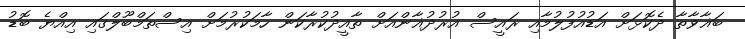
ބަޣާވާތާ ދެކޮޅަށް އަޑުއުފުލުމާއި ރައީސް އުރުދުޣާންއަށް ތާއީދުކުރާކަން ހާމަކުރުމަށް އިސްތަމްބޫލްގައި އިއްޔެ ބޮޑު